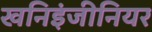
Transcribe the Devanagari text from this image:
खनिइंजीनियर